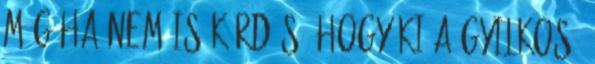
még ha nem is kérdés, hogy ki a gyilkos,